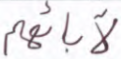
لآبائهم